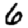
Digit: 6